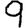
Digit: 9